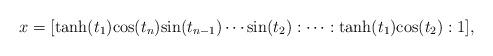
LaTeX: \begin{align*}x=[\mathrm{tanh}(t_1)\mathrm{cos}(t_{n})\mathrm{sin}(t_{n-1}) \cdots \mathrm{sin}(t_{2}): \cdots :\mathrm{tanh}(t_1)\mathrm{cos}(t_2):1],\end{align*}